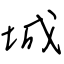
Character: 城